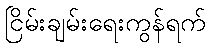
ငြိမ်းချမ်းရေးကွန်ရက်